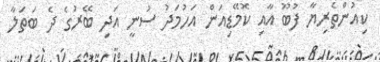
ކިއުންތެރިޔާ ފުބޫ އާއި ކޮމޭޑިއަން އަހުމަދު ސުނީ އަދި ބޭރުގެ ދެ ބަތަލާ